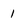
Character: 1